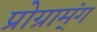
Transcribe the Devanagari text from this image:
प्रोग्राम्ंग